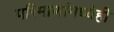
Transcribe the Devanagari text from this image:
परिमाणांमध्येही